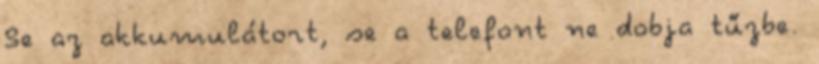
Se az akkumulátort, se a telefont ne dobja tűzbe.